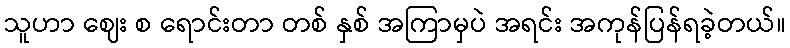
သူဟာ ဈေး စ ရောင်းတာ တစ် နှစ် အကြာမှပဲ အရင်း အကုန်ပြန်ရခဲ့တယ်။